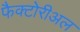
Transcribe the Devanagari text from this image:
फैक्टोरीअल